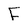
Character: F